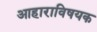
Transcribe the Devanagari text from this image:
आहाराविषयक